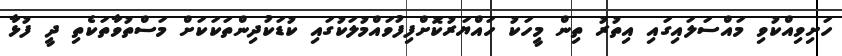
ހަށިވިއްކުވި މައްސަލައިގައި އިތުރު ތިން މީހަކު ހައްޔަރުކޮށްފިފުވައްމުލަކުގައި ކުޑަކުދިންތަކަކަށް މަސްތުވާތަކެތި ދީ ފުޅާ